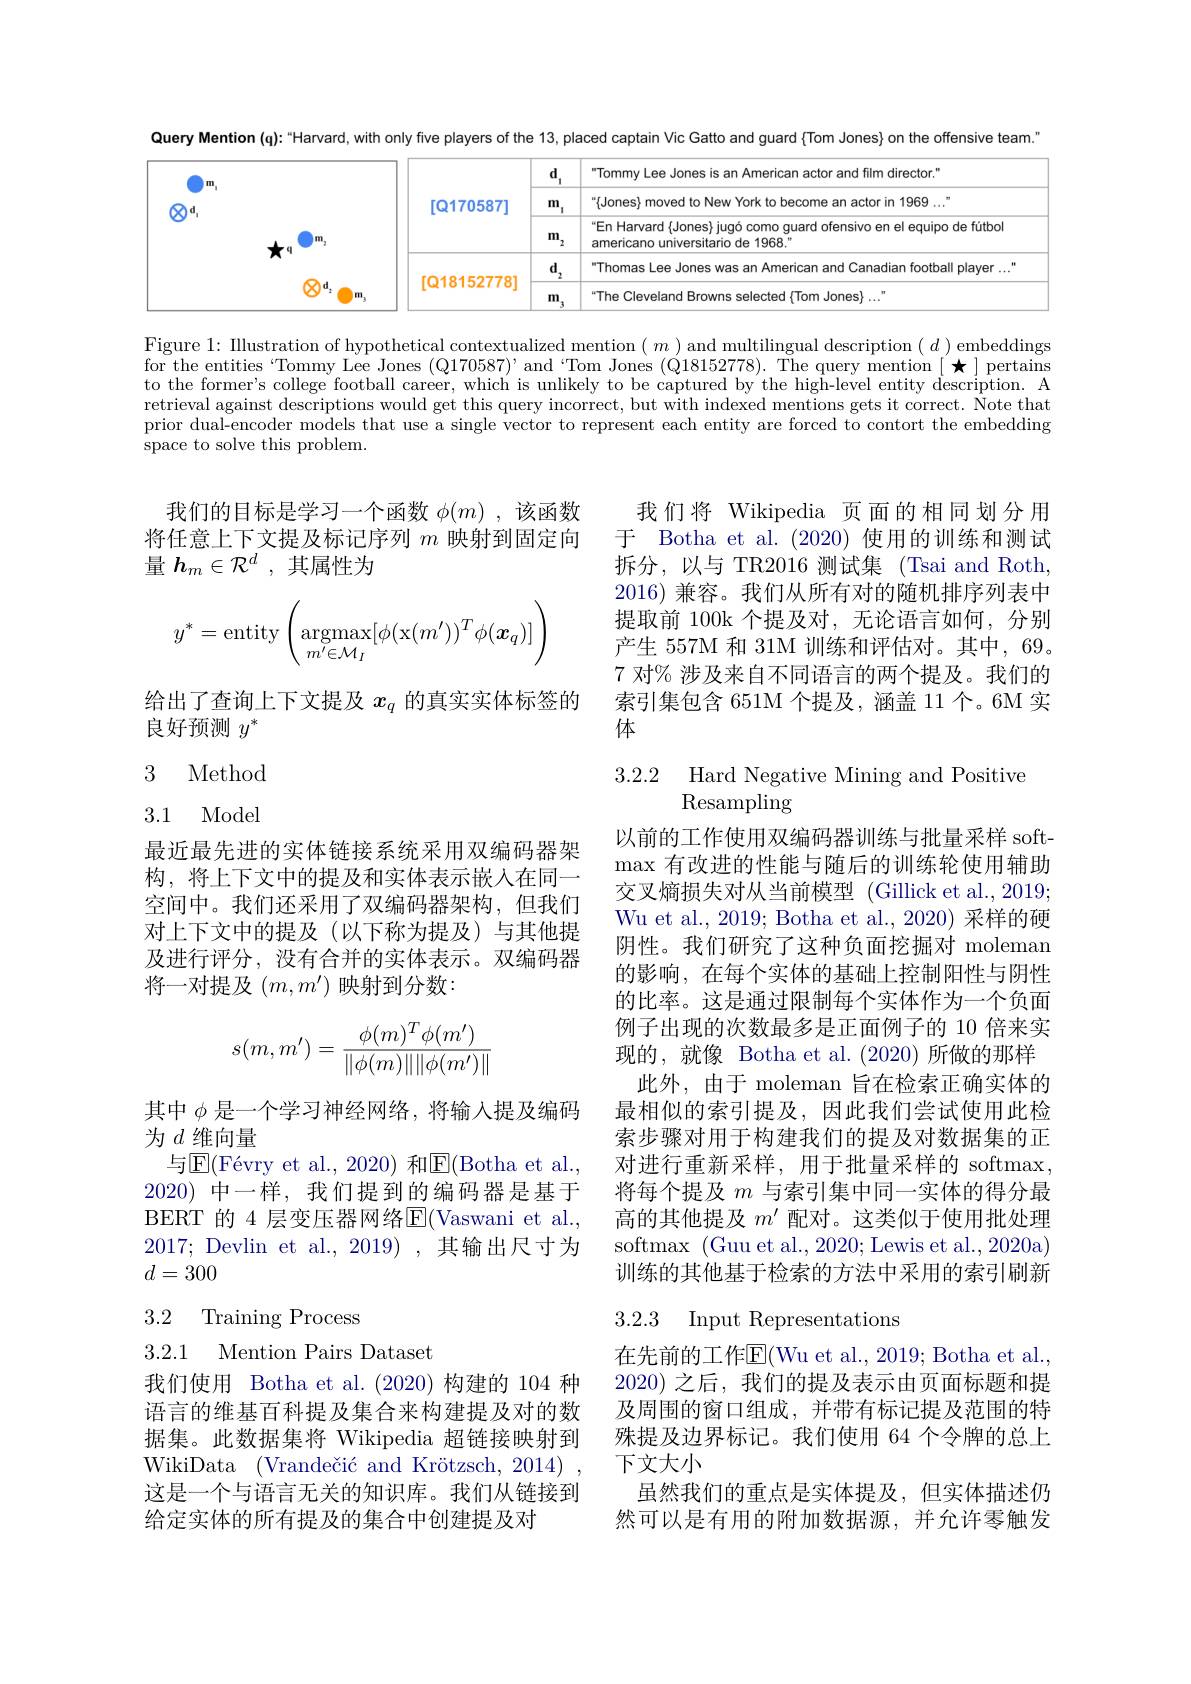
Query Mention (q):“Harvard, with only five players of the 13, placed captain Vic Gatto and guard {Tom Jones} on the offensive team."
<table>
	<tbody>
		<tr>
			<td>m</td>
			<td rowspan="3">$[\mathbb{Q}170587]$</td>
			<td>$d$ 1</td>
			<td rowspan="3">Tommy Lee Jones is an American actor and film director." " Jones} moved to New York to become an actor in 1969 ..." En Harvard{Jones} jugó como guard ofensivo en el equipo de fútbol americano universitario de 1968."</td>
		</tr>
		<tr>
			<td> </td>
			<td>m 1</td>
		</tr>
		<tr>
			<td> </td>
			<td>m $^{\prime}2$</td>
		</tr>
		<tr>
			<td> </td>
			<td rowspan="2">[Q18152778]</td>
			<td>d $^{\prime}2$</td>
			<td>Thomas Lee Jones was an American and Canadian football player ...</td>
		</tr>
		<tr>
			<td> </td>
			<td>m</td>
			<td>The Cleveland rowns Jones</td>
		</tr>
	</tbody>
</table>

Figure 1: Illustration of hypothetical contextualized mention $(m)$ and multilingual description $(d)$ embeddings for the entities "Tommy Lee Jones (Q170587)' and Tom Jones (Q18152778). The query mention[★]pertains to the former's college football career, which is unlikely to be captured by the high-level entity description. A retrieval against descriptions would get this query incorrect, but with indexed mentions gets it correct. Î Note that prior dual-encoder models that use a single vector to represent each entity are forced to contort the embedding space to solve this problem.

我们的目标是学习一个函数$\phi(m)$ ,该函数将任意上下文提及标记序列$m$映射到固定向量$h_m\in\mathcal{R}^d$ ,其属性为

我们将 Wikipedia 页面的相同划分用于 Botha et al. (2020)使用的训练和测试拆分，以与 TR2016 测试集 (Tsai and Roth 2016) 兼容。我们从所有对的随机排序列表中提取前 100k 个提及对，无论语言如何，分别产生 557M 和 31M 训练和评估对。其中，69。7 对% 涉及来自不同语言的两个提及。我们的索引集包含 651M 个提及，涵盖 11 个。6M 实体
$$y^*=\text{entity}\left(\underset{m'\in\mathcal{M}_I}{\text{argmax}}[\phi(\text{x}(m'))^T\phi(\boldsymbol{x}_q)]\right)$$
给出了查询上下文提及$x_q$的真实实体标签的
良好预测$y^*$

3 Method

3.2.2 Hard Negative Mining and Positive
Resampling

3.1 Model

最近最先进的实体链接系统采用双编码器架构，将上下文中的提及和实体表示嵌入在同一空间中。我们还采用了双编码器架构，但我们对上下文中的提及(以下称为提及)与其他提及进行评分，没有合并的实体表示。双编码器将一对提及$(m,m^\prime)$映射到分数：
$$s(m,m')=\frac{\phi(m)^T\phi(m')}{\|\phi(m)\|\|\phi(m')\|}$$
以前的工作使用双编码器训练与批量采样 soft- $\max$有改进的性能与随后的训练轮使用辅助交叉熵损失对从当前模型 (Gillick et al., 2019; Wu et al., 2019; Botha et al., 2020) 采样的硬阴性。我们研究了这种负面挖掘对 moleman 的影响，在每个实体的基础上控制阳性与阴性的比率。这是通过限制每个实体作为一个负面例子出现的次数最多是正面例子的 10 倍来实现的，就像 Botha et al.(2020)所做的那样
此外，由于 moleman 旨在检索正确实体的最相似的索引提及，因此我们尝试使用此检索步骤对用于构建我们的提及对数据集的正对进行重新采样，用于批量采样的 softmax, 将每个提及$m$与索引集中同一实体的得分最高的其他提及$m^{\prime}$配对。这类似于使用批处理softmax (Guu et al., 2020; Lewis et al., 2020a) 训练的其他基于检索的方法中采用的索引刷新

其中$\phi$是一个学习神经网络，将输入提及编码
为$d$维向量
与$\operatorname { E} ( \text{F\' {e}vryetal. , 2020) 和 }$E(Botha et al., 2020)中一样，我们提到的编码器是基于BERT 的 4 层变压器网络E$( Vaswani et al.$ 2017; Devlin et al., 2019) ,其输出尺寸为$d=300$

3.2.3 Input Representations

# 3.2 Training Process 3.2.1 Mention Pairs Dataset

在先前的工作$\overline{\mathrm{E}}($Wu et al., 2019; Botha et al. 2020) 之后，我们的提及表示由页面标题和提及周围的窗口组成，并带有标记提及范围的特殊提及边界标记。我们使用 64 个令牌的总上下文大小
虽然我们的重点是实体提及，但实体描述仍然可以是有用的附加数据源，并允许零触发

我们使用 Botha et al.(2020)构建的 104 种语言的维基百科提及集合来构建提及对的数据集。此数据集将 Wikipedia 超链接映射到WikiData ( Vrande$\v {c}$i$\' {c}$andKr$\" {o}$tzsch, 2014) 这是一个与语言无关的知识库。我们从链接到给定实体的所有提及的集合中创建提及对